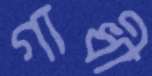
গাধী